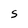
Character: S